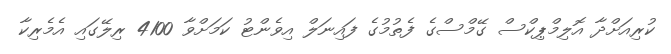
ކުރިއަށްދާ އޮލިމްޕިކްސް ގޭމްސްގެ ފެތުމުގެ ފައިނަލް އިވެންޓު ކަމަށްވާ 4100 ރިލޭގައި އެމެރިކާ